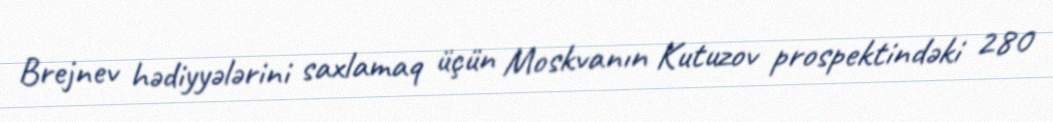
Brejnev hədiyyələrini saxlamaq üçün Moskvanın Kutuzov prospektindəki 280